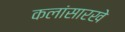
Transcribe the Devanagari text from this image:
कलांसारखे